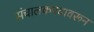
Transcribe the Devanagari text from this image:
संचालकपदावरून